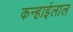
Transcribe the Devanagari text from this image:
कन्हाईलाल